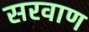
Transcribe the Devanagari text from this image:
सरवाण